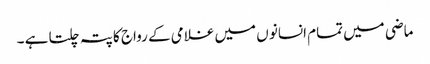
ماضی میں تمام انسانو ں میں غلامی کے رواج کا پتہ چلتا ہے ۔